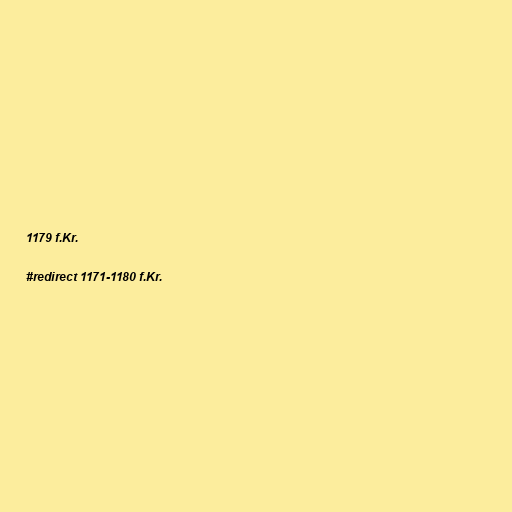
1179 f.Kr.

#redirect 1171-1180 f.Kr.